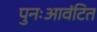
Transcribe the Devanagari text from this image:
पुनःआवंटित